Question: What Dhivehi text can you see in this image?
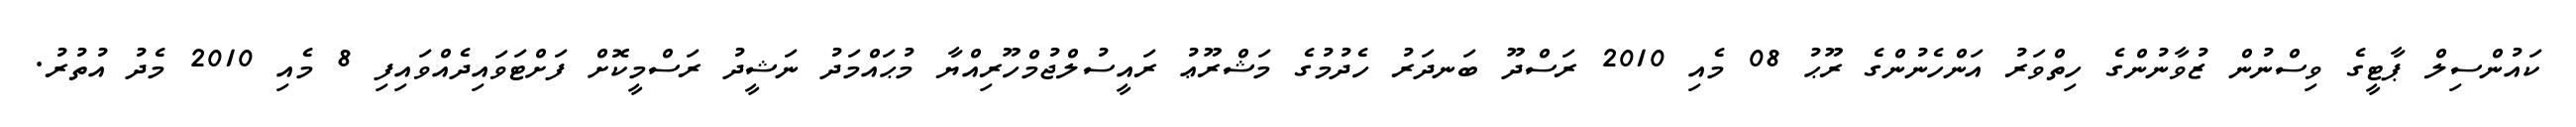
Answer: ކައުންސިލް ޕާޓީގެ ވިސްނުން ޒުވާނުންގެ ހިތްވަރު އަންހެނުންގެ ރޫޙު 08 މެއި 2010 ރަސްދޫ ބަނދަރު ހެދުމުގެ މަޝްރޫޢު ރައީސުލްޖުމްހޫރިއްޔާ މުޙައްމަދު ނަޝީދު ރަސްމީކޮށް ފަށްޓަވައިދެއްވައިފި 8 މެއި 2010 މެދު އުތުރު.